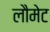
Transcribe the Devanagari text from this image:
लौमेट